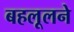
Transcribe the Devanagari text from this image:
बहलूलने